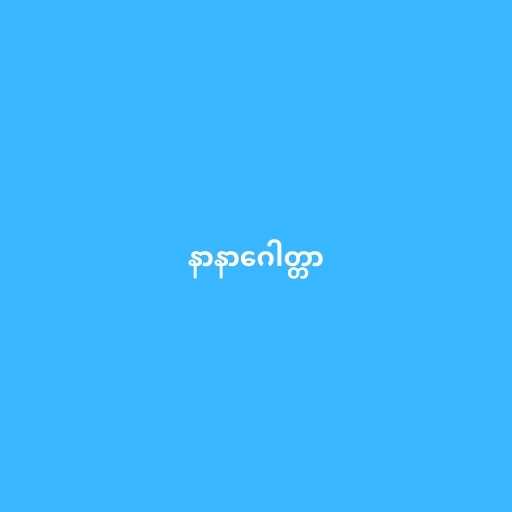
နာနာဂေါတ္တာ